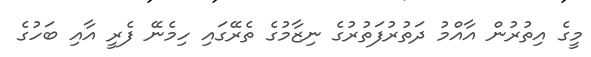
މީގެ އިތުރުން އާއްމު ދަތުރުފަތުރުގެ ނިޒާމުގެ ތެރޭގައި ހިމެނޭ ފެރީ އާއި ބަހުގެ